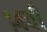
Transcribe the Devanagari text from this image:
१४वीँ